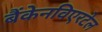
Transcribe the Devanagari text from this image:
बैंकेनविएरटेल